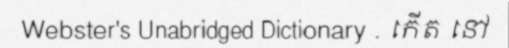
Webster's Unabridged Dictionary . កើត នៅ